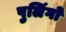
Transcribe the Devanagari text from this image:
पुलिंगों